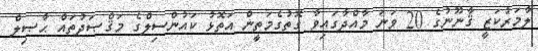
ލާމަރުކަޒީ ޤާނޫނުގެ 20 ވަނަ މާއްދާގައިވާ ގޮތުގެމަތީން އަތޮޅު ކައުންސިލްގެ މަޤްޞަދުތައް ޙާޞިލް